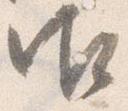
御